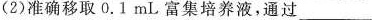
(2)准确移取0.1mL富集培养液，通过___